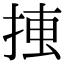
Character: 𢮛